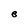
Character: B